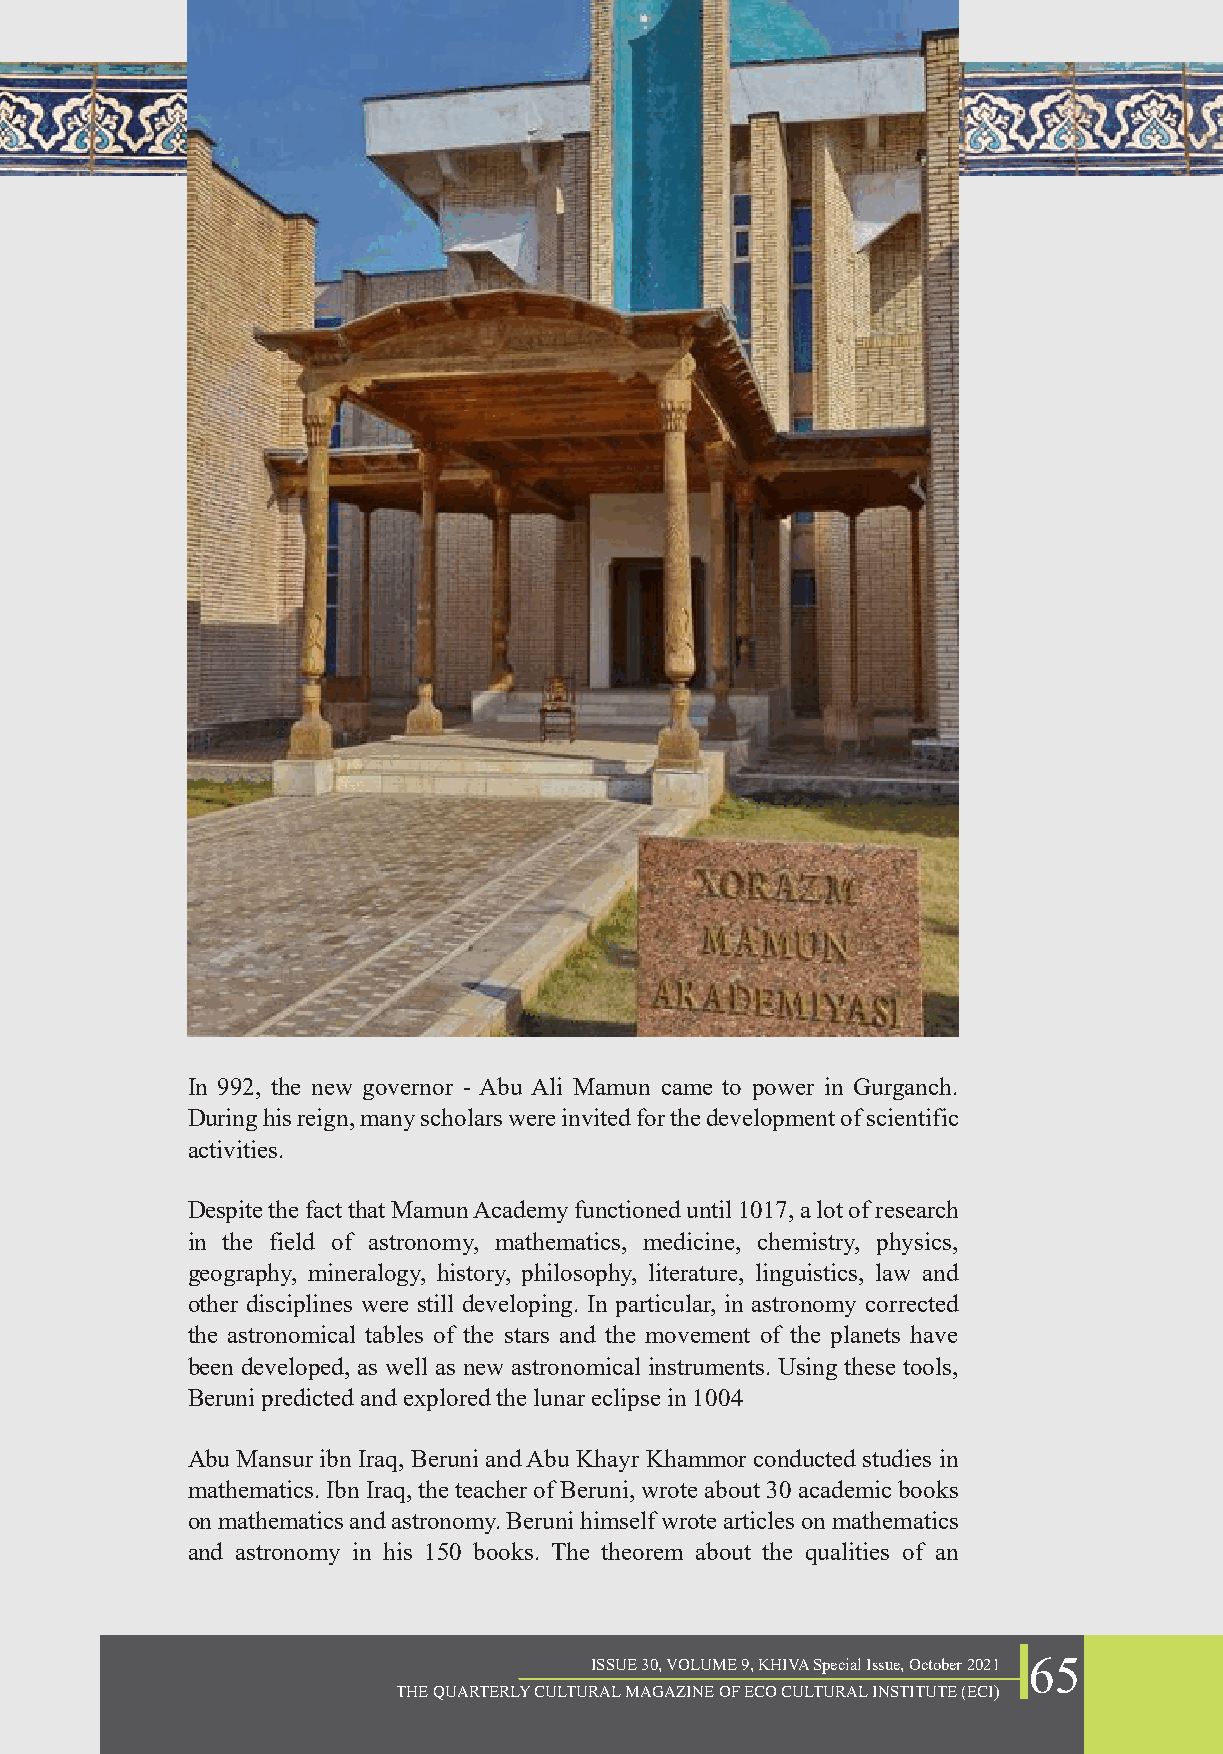
In 992, the new governor - Abu Ali Mamun came to power in Gurganch.
 During his reign, many scholars were invited for the development of scientific
 activities.
 Despite the fact that Mamun Academy functioned until 1017, a lot of research
 in the field of astronomy, mathematics, medicine, chemistry, physics,
 geography, mineralogy, history, philosophy, literature, linguistics, law and
 other disciplines were still developing. In particular, in astronomy corrected
 the astronomical tables of the stars and the movement of the planets have
 been developed, as well as new astronomical instruments. Using these tools,
 Beruni predicted and explored the lunar eclipse in 1004
 Abu Mansur ibn Iraq, Beruni and Abu Khayr Khammor conducted studies in
 mathematics. Ibn Iraq, the teacher of Beruni, wrote about 30 academic books
 on mathematics and astronomy. Beruni himself wrote articles on mathematics
 and astronomy in his 150 books. The theorem about the qualities of an
 ISSUE 30, VOLUME 9, KHIVA Special Issue, October 2021 65
 THE QUARTERLY CULTURAL MAGAZINE OF ECO CULTURAL INSTITUTE (ECI)